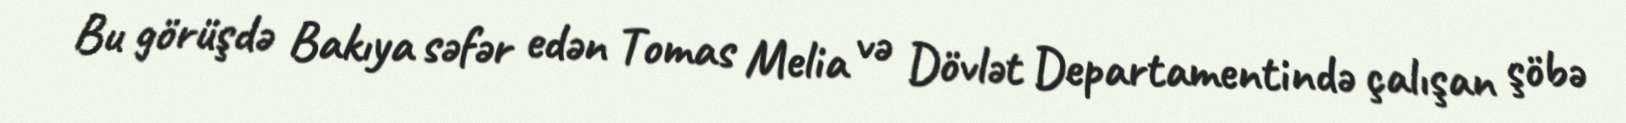
Bu görüşdə Bakıya səfər edən Tomas Melia və Dövlət Departamentində çalışan şöbə